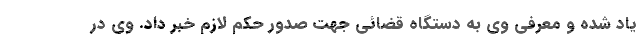
یاد شده و معرفی وی به دستگاه قضائی جهت صدور حکم لازم خبر داد. وی در